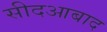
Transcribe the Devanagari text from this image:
सीदआबाद